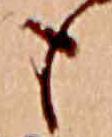
も